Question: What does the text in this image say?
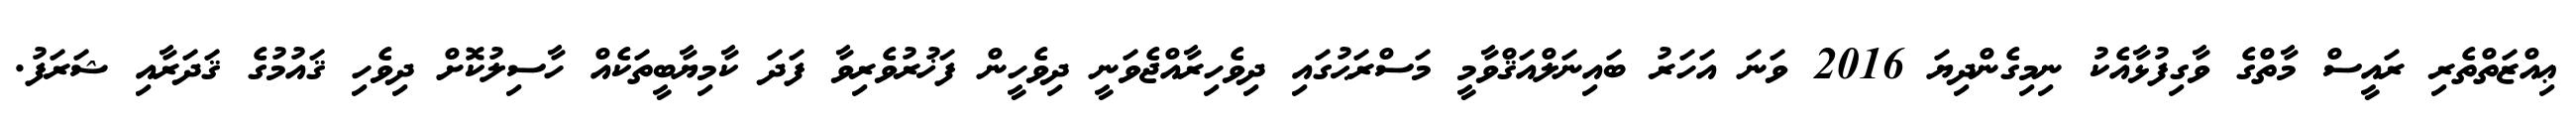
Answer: ޢިއްޒަތްތެރި ރައީސް މާތްގެ ވާގިފުޅާއެކު ނިމިގެންދިޔަ 2016 ވަނަ އަހަރު ބައިނަލްއަޤްވާމީ މަސްރަޙުގައި ދިވެހިރާއްޖެވަނީ ދިވެހީން ފަޚުރުވެރިވާ ފަދަ ކާމިޔާބީތަކެއް ހާސިލުކޮށް ދިވެހި ޤައުމުގެ ޤަދަރާއި ޝަރަފު.